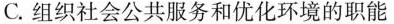
C.组织社会公共服务和优化环境的职能